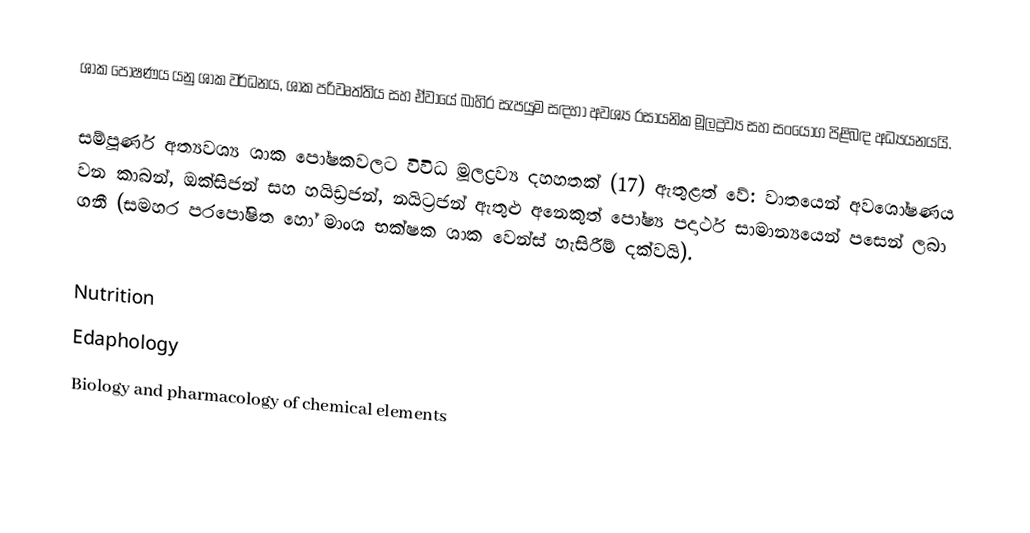
ශාක පෝෂණය යනු ශාක වර්ධනය, ශාක පරිවෘත්තිය සහ ඒවායේ බාහිර සැපයුම සඳහා අවශ්‍ය රසායනික මූලද්‍රව්‍ය සහ සංයෝග පිළිබඳ අධ්‍යයනයයි.

සම්පූර්ණ අත්‍යවශ්‍ය ශාක පෝෂකවලට විවිධ මූලද්‍රව්‍ය දහහතක් (17) ඇතුළත් වේ: වාතයෙන් අවශෝෂණය වන කාබන්, ඔක්සිජන් සහ හයිඩ්‍රජන්, නයිට්‍රජන් ඇතුළු අනෙකුත් පෝෂ්‍ය පදාර්ථ සාමාන්‍යයෙන් පසෙන් ලබා ගනී (සමහර පරපෝෂිත හෝ මාංශ භක්ෂක ශාක වෙන්ස් හැසිරීම් දක්වයි).

Nutrition
Edaphology
Biology and pharmacology of chemical elements